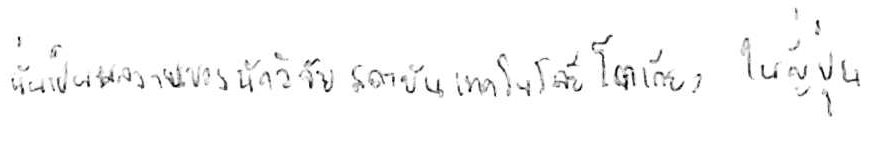
นั่นเป็นผลการศึกษาของนักวิจัยสถาบันเทคโนโลยีโตเกียว ในญี่ปุ่น